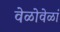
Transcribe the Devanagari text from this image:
वेळोवेळां